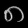
Digit: ၈